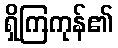
ရှိကြကုန်၏